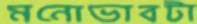
মনোভাবটা